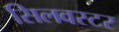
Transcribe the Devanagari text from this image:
सिलवस्टर